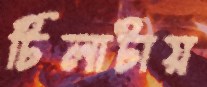
টিলাটায়